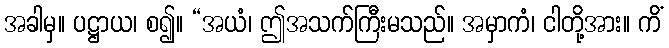
အခါမှ။ ပဋ္ဌာယ၊ စ၍။ “အယံ၊ ဤအသက်ကြီးမသည်။ အမှာကံ၊ ငါတို့အား။ ကိံ